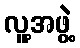
လူ့အဖွဲ့